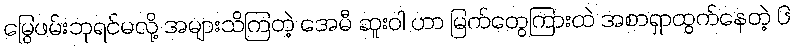
မြွေဖမ်းဘုရင်မလို့ အများသိကြတဲ့ အေမီ ဆူးဝါ ဟာ မြက်တွေကြားထဲ အစာရှာထွက်နေတဲ့ ၆